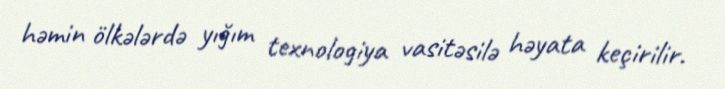
həmin ölkələrdə yığım texnologiya vasitəsilə həyata keçirilir.